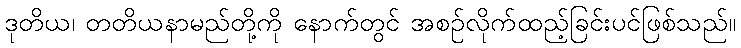
ဒုတိယ၊ တတိယနာမည်တို့ကို နောက်တွင် အစဉ်လိုက်ထည့်ခြင်းပင်ဖြစ်သည်။